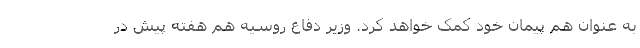
به عنوان هم پیمان خود کمک خواهد کرد. وزیر دفاع روسیه هم هفته پیش در